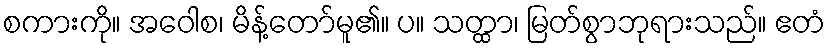
စကားကို။ အဝေါစ၊ မိန့်တော်မူ၏။ ပ။ သတ္ထာ၊ မြတ်စွာဘုရားသည်။ ဧတံ